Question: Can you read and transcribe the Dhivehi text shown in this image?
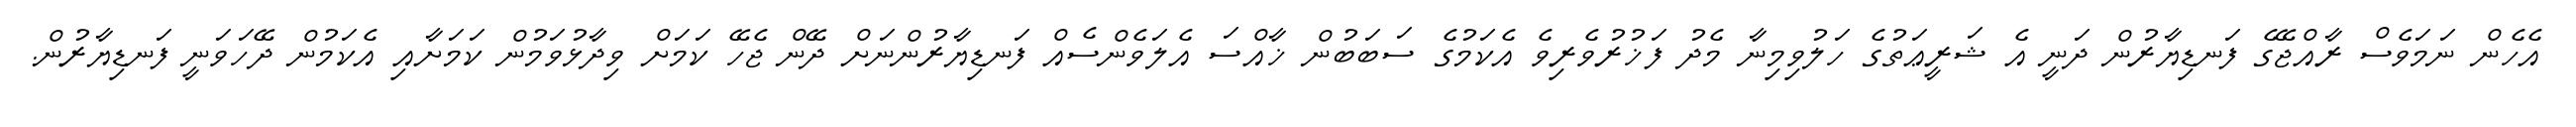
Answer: އެހެން ނަމަވެސް ރާއްޖޭގެ ފަނޑިޔާރުން ދަނީ އެ ޝަރީޢަތުގެ ހަލުވިމިނާ މެދު ފަޚުރުވެރިވެ އެކަމުގެ ސަބަބުން ޚާއްސަ އެލަވެންސެއް ފަނޑިޔާރުންނަށް ދޭން ޖެހޭ ކަމަށް ވިދާޅުވަމުން ކަމަށާއި އެކަމުން ދޭހަވަނީ ފަނޑިޔާރުން.